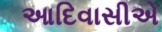
આદિવાસીએ